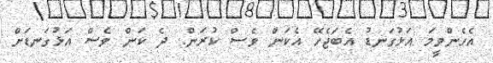
އެހެންވީމަ އަޅުގަނޑު އެބަޖެހޭ އެކަން ވެސް ކުރަން. ދެ ކަން ވެސް އަޅުގަނޑަށް